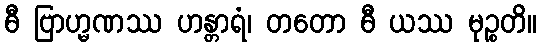
ဓီ ဗြာဟ္မဏဿ ဟန္တာရံ၊ တတော ဓီ ယဿ မုဉ္စတိ။